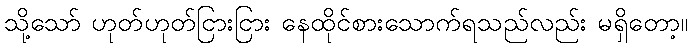
သို့သော် ဟုတ်ဟုတ်ငြားငြား နေထိုင်စားသောက်ရသည်လည်း မရှိတော့။